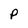
Character: P